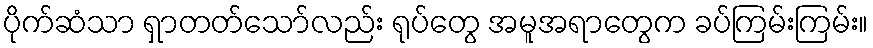
ပိုက်ဆံသာ ရှာတတ်သော်လည်း ရုပ်တွေ အမူအရာတွေက ခပ်ကြမ်းကြမ်း။